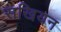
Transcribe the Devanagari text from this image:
सखियन